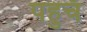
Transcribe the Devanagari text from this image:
पहुचँ